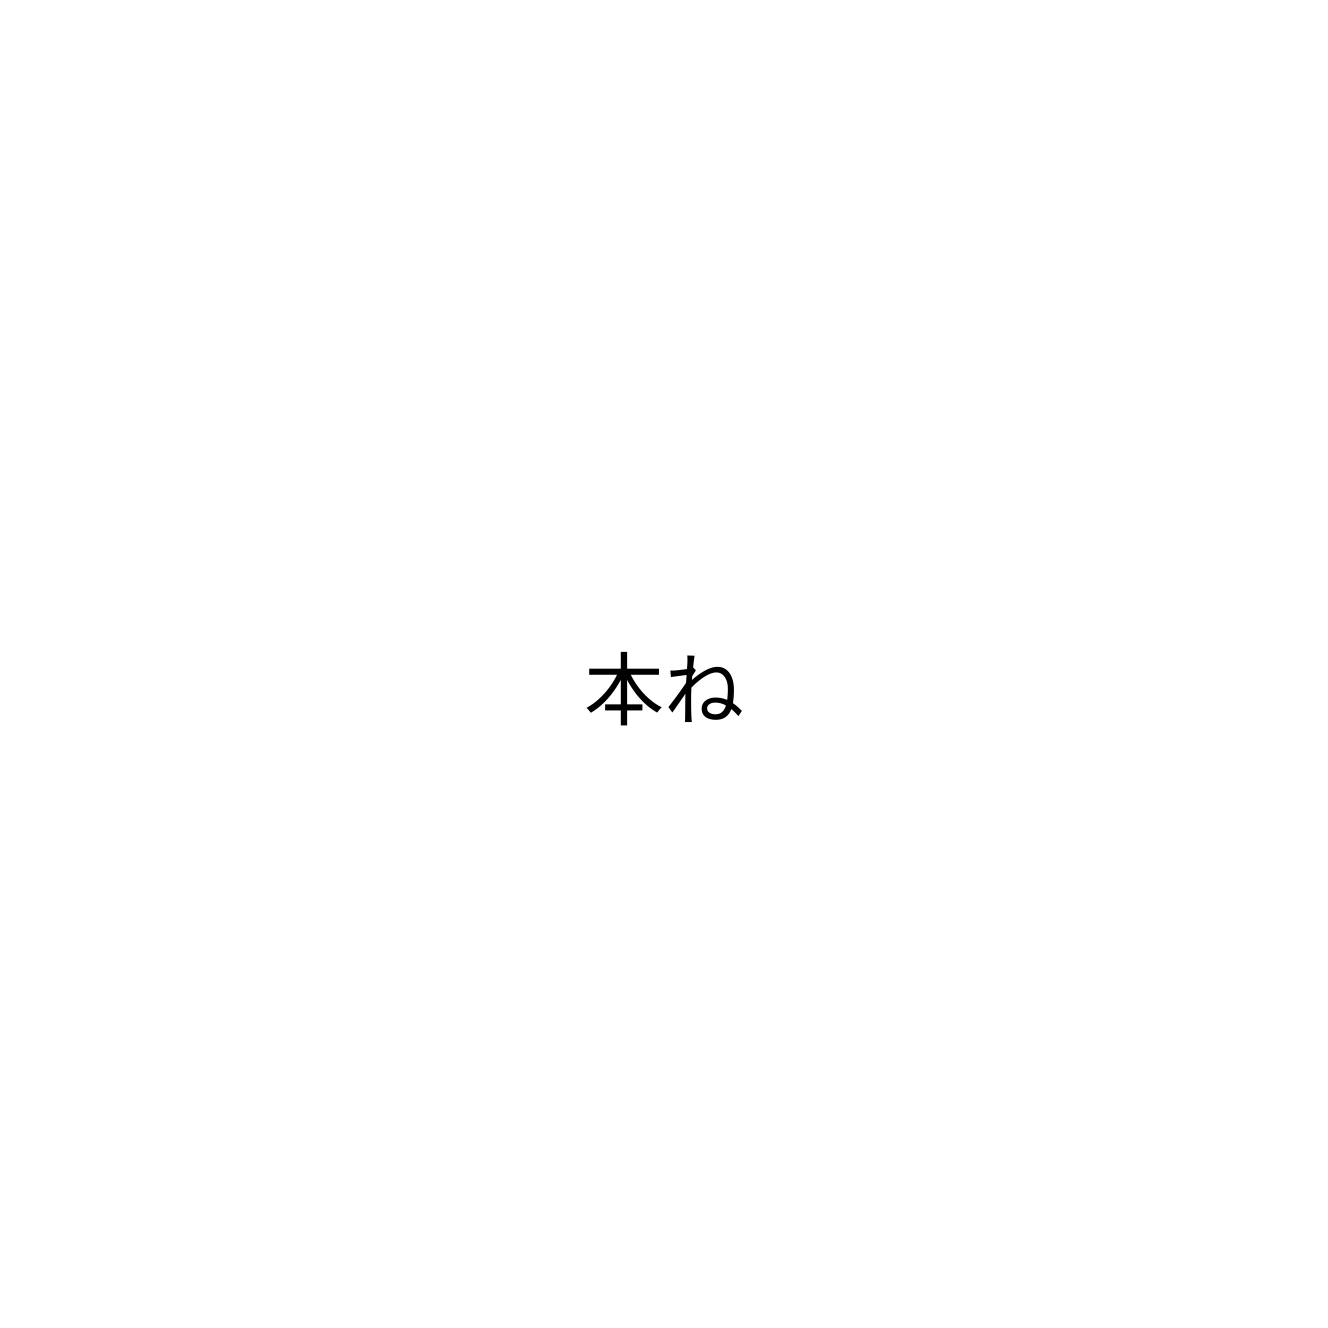
本ね